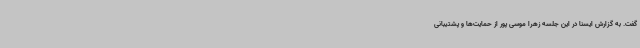
گفت. به گزارش ایسنا در این جلسه زهرا موسی پور از حمایت‌ها و پشتیبانی